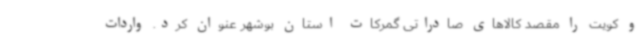
و کویت را مقصد کالاهای صادراتی گمرکات استان بوشهر عنوان کرد. واردات